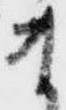
ま